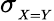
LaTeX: \sigma_{_{X=Y}}